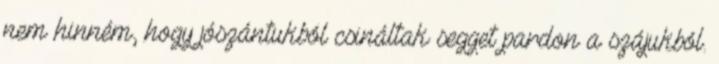
nem hinném, hogy jószántukból csináltak segget pardon a szájukból.